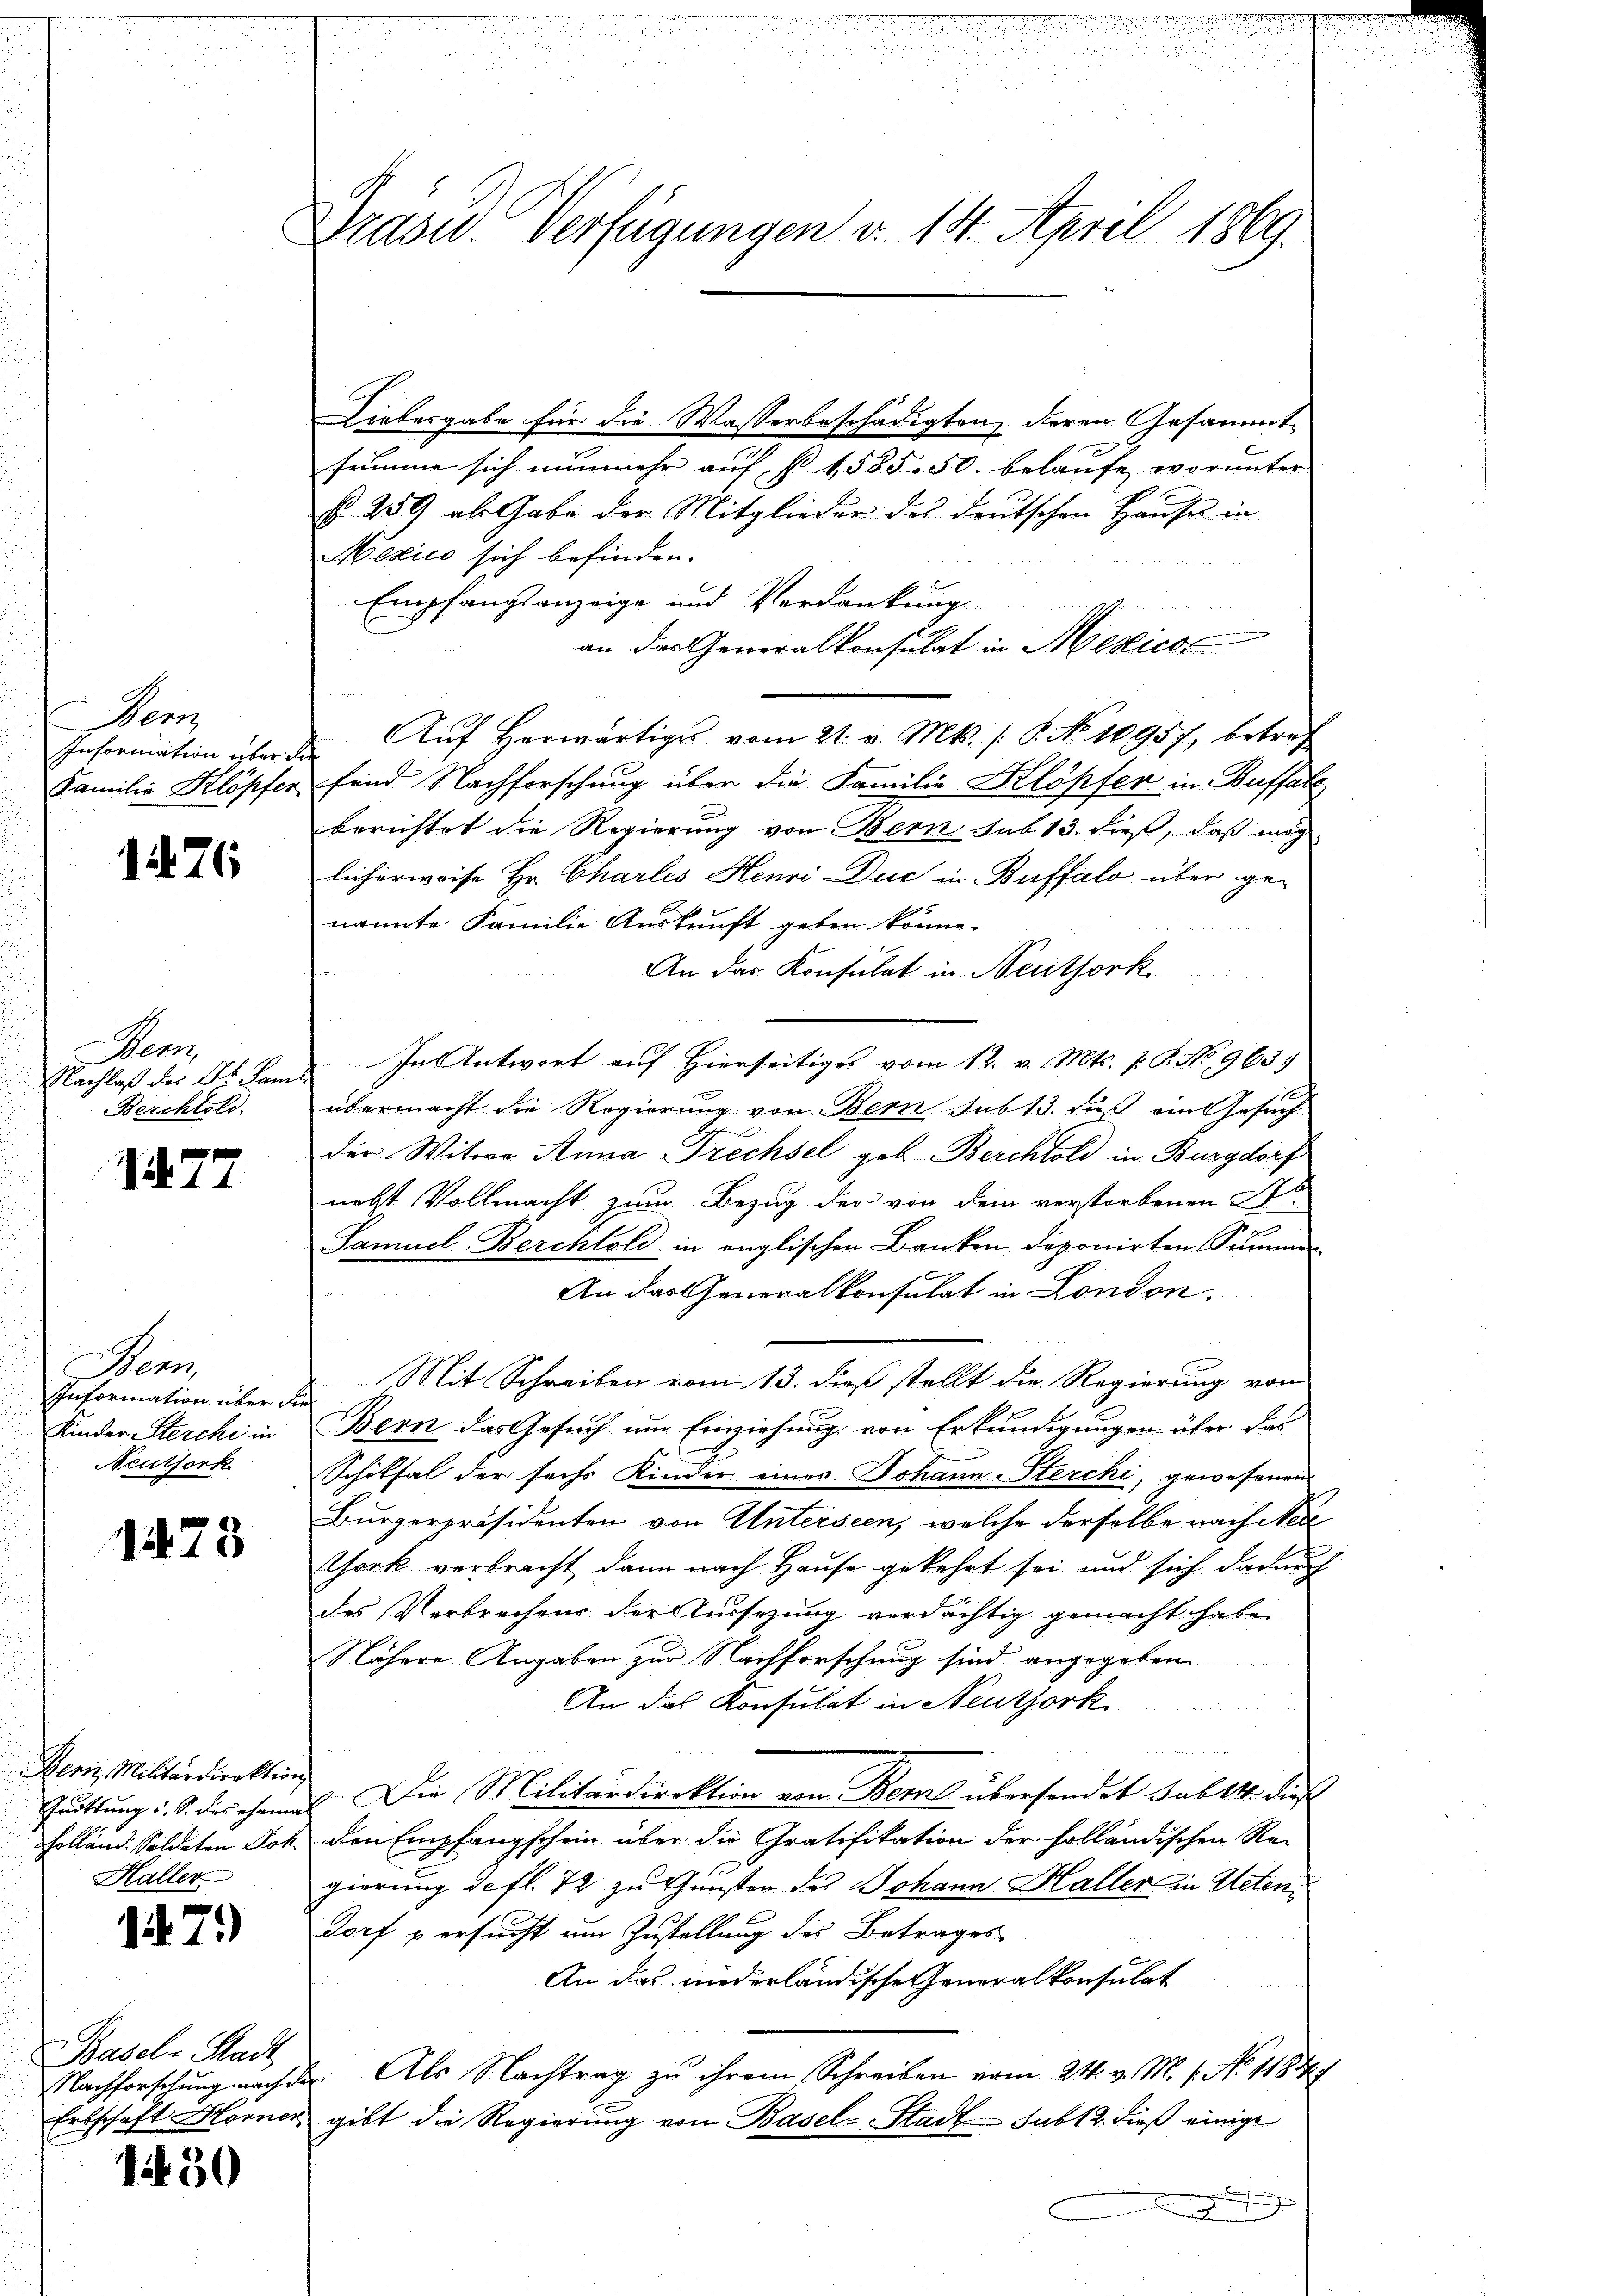
Dem

1476

en
Nachlaß der Dr. Famil
Berchtold.

f
Nr. 11

en
Information über die
Kinder Steichi in
Neuthork

1473

Bern, Militärdirektion
Haller

1479)

Basel-Stadt
Nachforschung nach der

130

eheliche sich eines sie des der einen eine er in ein
u

d
u

2
u
852

Drasu. Verfügungen v. 14. April 1869.

Liebesgabe für die Wasserbeschädigten, deren Gesammtsumme sich nunmehr auf § 1585. 50. belaufe, worunter
§. 259 als Gabe der Mitglieder des deutschen Hauses in
Mexico sich befinden.
Empfangsanzeige und Verdankung
an das Generalkonsulat in Mexico
Information über der Aŭf herwärtiges vom 21. v. Mts. /: P. No 10957, betref
Familie Klöpfer sind Nachforschung über die Familie Klöpfen in Buffall
berichtet die Regierung von Bern sub. 13. dieß, daß mög
licherweise Hr. Charles Henri Duc in Buffalo über ge-
nannte Familie Auskunft geben könne.

An das Konsulat in Neuthork
e
In Antwort auf Hierseitiges vom 12. v. Mts. v. P. No. 963.
übermacht die Regierung von Bern sub 13. Fuß ein Gesuch
der Witwe Anna Drechsel geb. Berchtold in Burgdorf
nebst Vollmacht zum Bezug der von dem verstorbenen So
Samuel Berchtold in englischen Banken deponirten Summer
An das Generalkonsulat in London.
Mit Schreiben vom 13. dieß stellt die Regierung vom
Bern das Gesuch um Erziehung von Erkundigungen über das
Schiksal der sechs Kinder eines Johann Sterchi, gewesenen
Burgerpräsidenten von Unterseen, welche derselbe nach Nede
Chork verbracht dann nach Hause gekehrt sei und sich dadurch
des Verbrechens der ursezung verdächtig gemacht habe.
Nähere Angaben zur Nachforschung sind angegeben
5
An das Konsulat in Neuthork
Gruttung u. S. des chamt Die Militärdirektion von Berat übersendet sub 14. diese
Holland. Soldaten Jok. den Empfangschein über die Gratifikation der holländischen Regierung defl. 72 zu Gunsten des Johann Haller in Acten¬
Dorf versucht um Zustellung des Betrages
An das niederländische Generalkonsulat
Als Nachtrag zu ihrem Schreiben vom 24. v. M. 1. No 1188 f
Erbschaft Hornen gibt die Regierŭng von Basel-Stadt sub 12. dieß einige

x